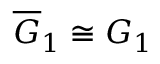
\overline { { G } } _ { 1 } \cong G _ { 1 }